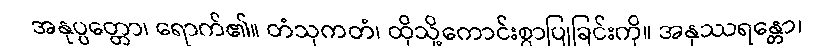
အနုပ္ပတ္တော၊ ရောက်၏။ တံသုကတံ၊ ထိုသို့ကောင်းစွာပြုခြင်းကို။ အနုဿရန္တော၊